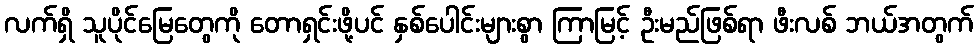
လက်ရှိ သူပိုင်မြေတွေကို တောရှင်းဖို့ပင် နှစ်ပေါင်းများစွာ ကြာမြင့် ဦးမည်ဖြစ်ရာ ဖီးလစ် ဘယ်အတွက်